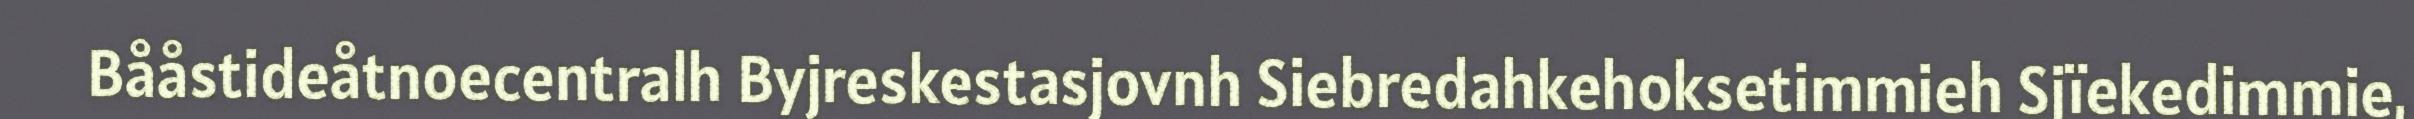
Bååstideåtnoecentralh Byjreskestasjovnh Siebredahkehoksetimmieh Sjïekedimmie,